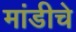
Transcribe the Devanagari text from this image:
मांडीचे